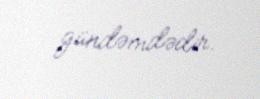
gündəmdədir.